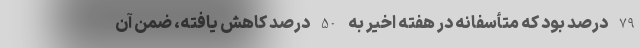
79 درصد بود که متأسفانه در هفته اخیر به 50 درصد کاهش یافته، ضمن آن